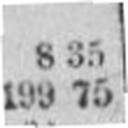
199 75